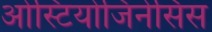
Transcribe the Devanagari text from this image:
ओस्टियोजिनेसिस